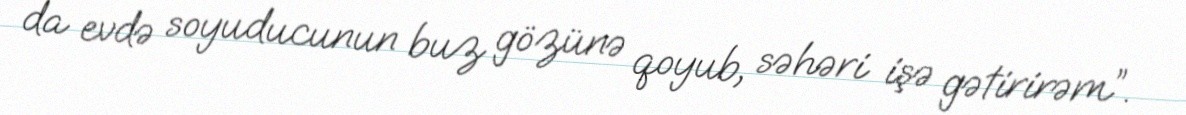
da evdə soyuducunun buz gözünə qoyub, səhəri işə gətirirəm”.